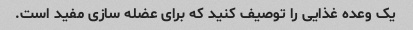
یک وعده غذایی را توصیف کنید که برای عضله سازی مفید است.